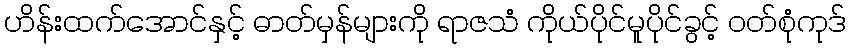
ဟိန်းထက်အောင်နှင့် ဓာတ်မှန်များကို ရာဇသံ ကိုယ်ပိုင်မူပိုင်ခွင့် ဝတ်စုံကုဒ်